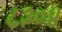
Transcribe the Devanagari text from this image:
८३०४